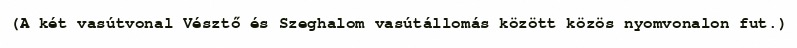
(A két vasútvonal Vésztő és Szeghalom vasútállomás között közös nyomvonalon fut.)